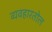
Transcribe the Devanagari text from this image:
व्यवहारतोल